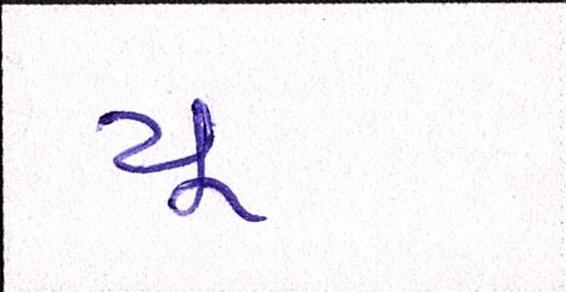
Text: યૂ